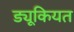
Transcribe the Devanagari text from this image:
ड्यूकियत